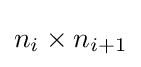
n_{i}\times n_{i+1}